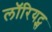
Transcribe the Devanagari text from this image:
लॉरियट्स